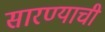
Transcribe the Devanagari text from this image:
सारण्याची